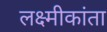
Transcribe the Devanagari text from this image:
लक्ष्मीकांता